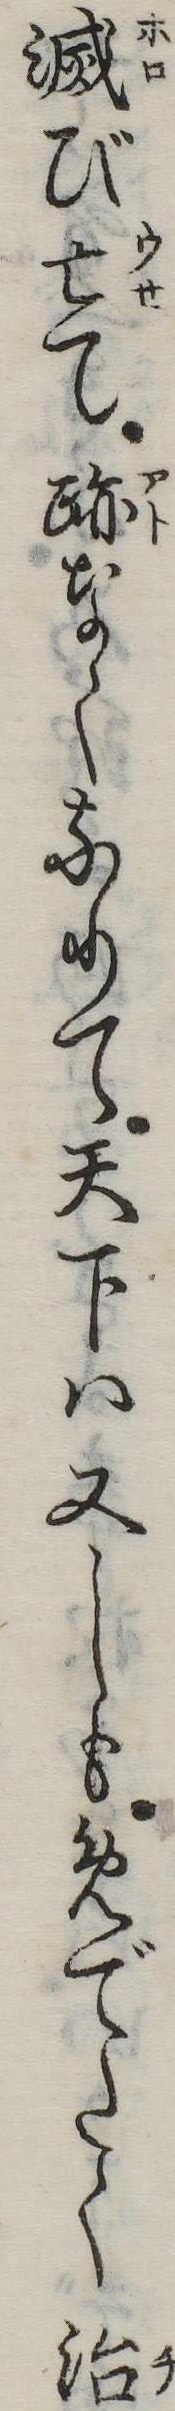
滅び亡て跡なくなりて天下は又しもめでたく治